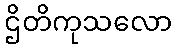
ဌိတိကုသလော